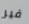
فير